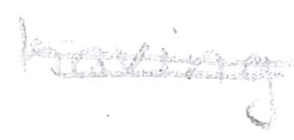
Text: having
Cross-out: double-line
Writing tool: pencil